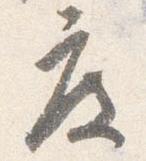
度